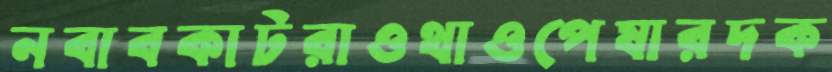
নবাবকাটরাওথাওপেষারদক